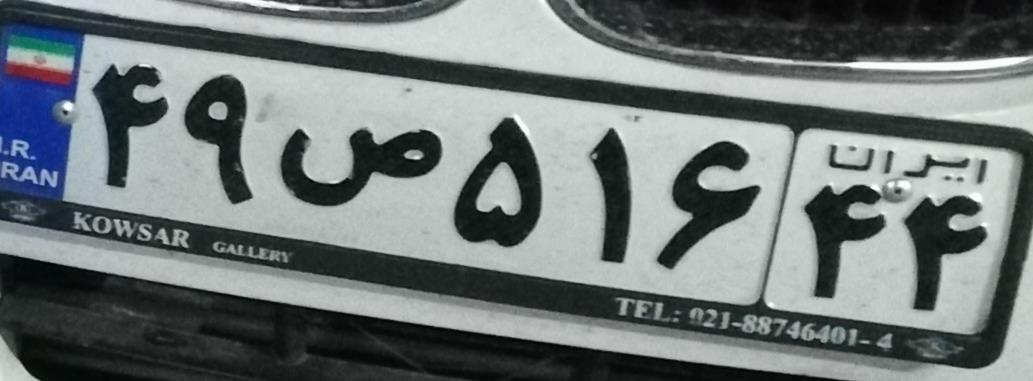
۴۹ص۵۱۶۴۴